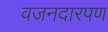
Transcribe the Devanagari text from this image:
वजनदारपण